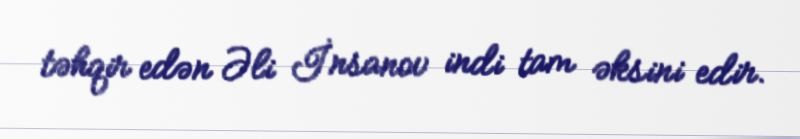
təhqir edən Əli İnsanov indi tam əksini edir.